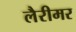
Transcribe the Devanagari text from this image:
लैरीमर